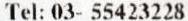
TEL: 03- 55423228